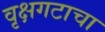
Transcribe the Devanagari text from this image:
वृक्षगटाचा